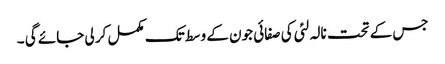
جس کے تحت نالہ لئی کی صفائی جون کے وسط تک مکمل کر لی جائے گی ۔